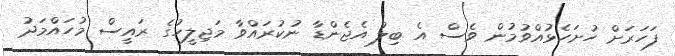
ފަހަރަށް ހުށަހެޅުއްވުމުން ވެސް އެ ބިލު އެޖެންޑާ ނުކުރައްވާ މަޖިލީހުގެ ރައީސް މުހައްމަދު